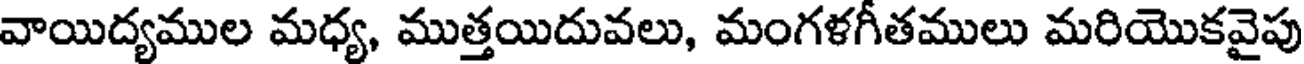
వాయిద్యముల మధ్య, ముత్తయిదువలు, మంగళగీతములు మరియొకవైపు